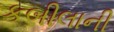
કબીલાની